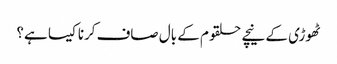
ٹھوڑی کے نیچے حلقوم کے بال صاف کرنا کیسا ہے؟